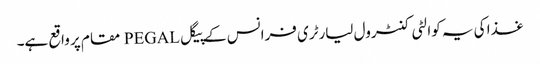
غذا کی یہ کوالٹی کنٹرول لیارٹری فرانس کے پیگل PEGAL مقام پر واقع ہے۔